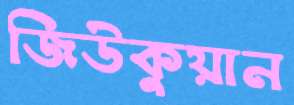
জিউকুয়ান